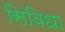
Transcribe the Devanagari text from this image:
सिविधा